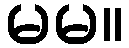
မမ။